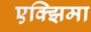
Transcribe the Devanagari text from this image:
एक्झिमा